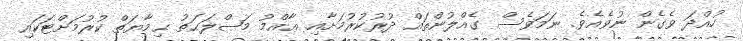
ހުއްދަ ވެގެން ނުވެއެވެ. ނަމަވެސް ގެއްލުންތައް ދުރުކުރުމަށާއި ޢާއްމު މަޞްލަޙަތު ޙިމާޔަތް ކުރުމަށްޓަކައި